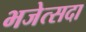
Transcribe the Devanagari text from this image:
भजेत्सदा